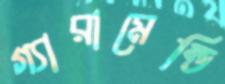
গ্যারামেন্ডি